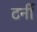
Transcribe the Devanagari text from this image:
टर्नी